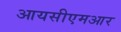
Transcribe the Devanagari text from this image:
आयसीएमआर